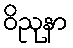
ဝိညုနာ